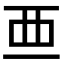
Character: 𧟡